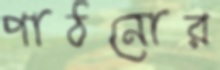
পাঠনোর